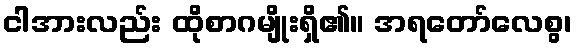
ငါအားလည်း ထိုစာဂမျိုးရှိ၏။ အရတော်လေစွ၊